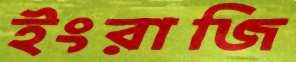
ইংরাজি